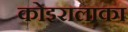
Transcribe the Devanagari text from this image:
कोइरालाका